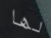
لها